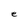
Character: e